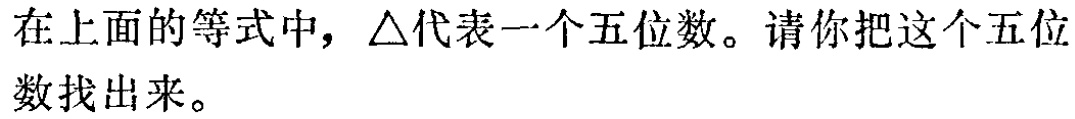
在上面的等式中，$\triangle$代表一个五位数。请你把这个五位数找出来。